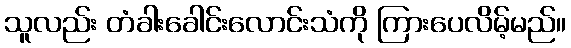
သူလည်း တံခါးခေါင်းလောင်းသံကို ကြားပေလိမ့်မည်။